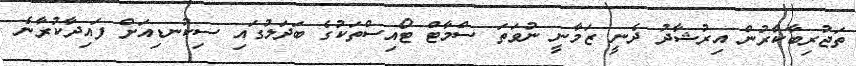
ތަޖުރިބާކާރުން އިރުޝާދު ދެނީ ޒަމާނީ ނުވަތަ ސްމާޓް ޓޯއިސްތަކުގެ ބަދަލުގައި ސިކުނޑިއަށް ފައިދާކުރާނެ